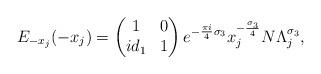
LaTeX: \begin{align*}E_{-x_{j}}(-x_{j}) = \begin{pmatrix}1 & 0 \\ id_{1} & 1\end{pmatrix} e^{-\frac{\pi i}{4}\sigma_{3}} x_{j}^{-\frac{\sigma_{3}}{4}}N\Lambda_{j}^{\sigma_{3}},\end{align*}